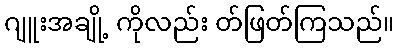
ဂျူးအချို့ ကိုလည်း တ်ဖြတ်ကြသည်။